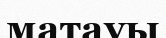
матауы